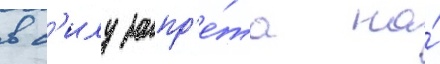
в с'илу запр'е́та на́